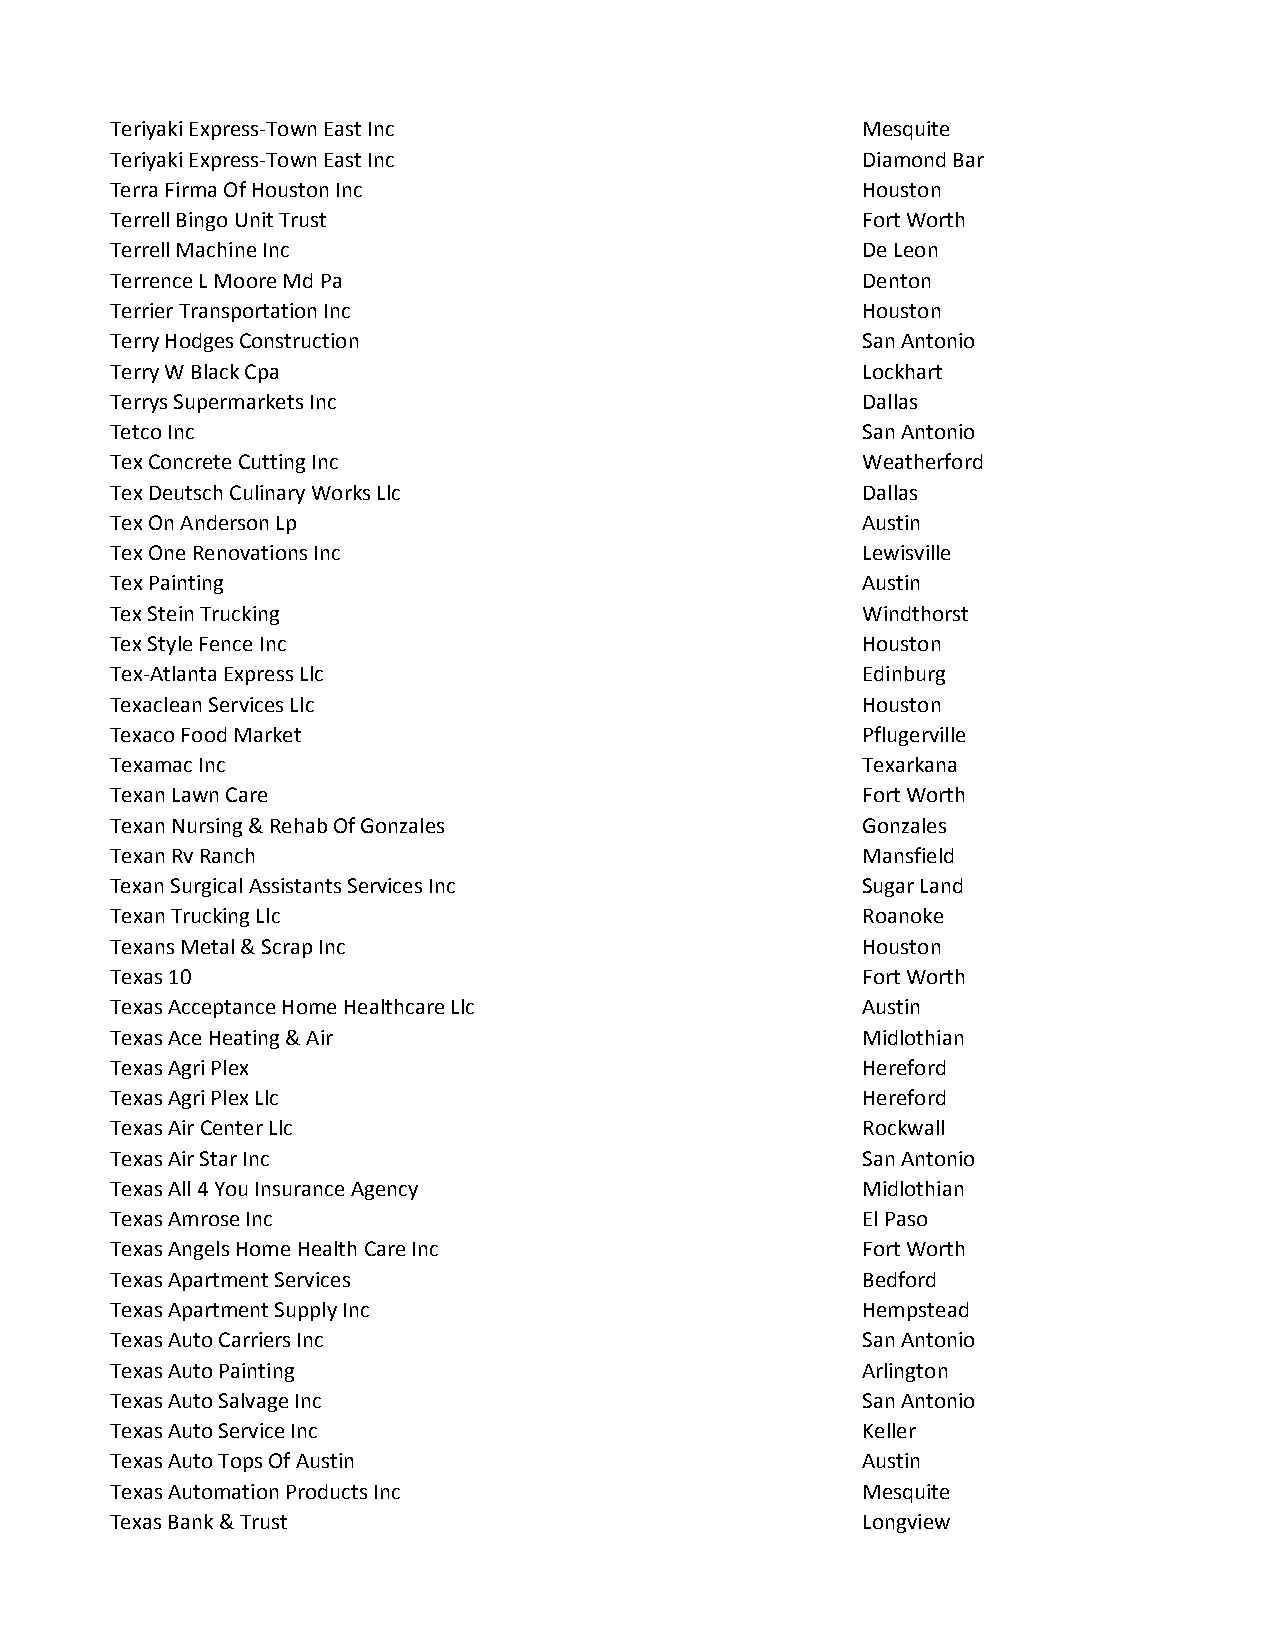
Teriyaki Express-Town East Inc                    Mesquite
 Teriyaki Express-Town East Inc                    Diamond Bar
 Terra Firma Of Houston Inc                        Houston
 Terrell Bingo Unit Trust                          Fort Worth
 Terrell Machine Inc                               De Leon
 Terrence L Moore Md Pa                            Denton
 Terrier Transportation Inc                        Houston
 Terry Hodges Construction                         San Antonio
 Terry W Black Cpa                                 Lockhart
 Terrys Supermarkets Inc                           Dallas
 Tetco Inc                                         San Antonio
 Tex Concrete Cutting Inc                          Weatherford
 Tex Deutsch Culinary Works Llc                    Dallas
 Tex On Anderson Lp                                Austin
 Tex One Renovations Inc                           Lewisville
 Tex Painting                                      Austin
 Tex Stein Trucking                                Windthorst
 Tex Style Fence Inc                               Houston
 Tex-Atlanta Express Llc                           Edinburg
 Texaclean Services Llc                            Houston
 Texaco Food Market                                Pflugerville
 Texamac Inc                                       Texarkana
 Texan Lawn Care                                   Fort Worth
 Texan Nursing & Rehab Of Gonzales                 Gonzales
 Texan Rv Ranch                                    Mansfield
 Texan Surgical Assistants Services Inc            Sugar Land
 Texan Trucking Llc                                Roanoke
 Texans Metal & Scrap Inc                          Houston
 Texas 10                                          Fort Worth
 Texas Acceptance Home Healthcare Llc              Austin
 Texas Ace Heating & Air                           Midlothian
 Texas Agri Plex                                   Hereford
 Texas Agri Plex Llc                               Hereford
 Texas Air Center Llc                              Rockwall
 Texas Air Star Inc                                San Antonio
 Texas All 4 You Insurance Agency                  Midlothian
 Texas Amrose Inc                                  El Paso
 Texas Angels Home Health Care Inc                 Fort Worth
 Texas Apartment Services                          Bedford
 Texas Apartment Supply Inc                        Hempstead
 Texas Auto Carriers Inc                           San Antonio
 Texas Auto Painting                               Arlington
 Texas Auto Salvage Inc                            San Antonio
 Texas Auto Service Inc                            Keller
 Texas Auto Tops Of Austin                         Austin
 Texas Automation Products Inc                     Mesquite
 Texas Bank & Trust                                Longview